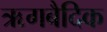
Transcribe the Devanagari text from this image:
ऋगबैदिक